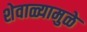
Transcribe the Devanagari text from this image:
शेवाळ्यामुळे